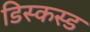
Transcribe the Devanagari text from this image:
डिस्कस्ड